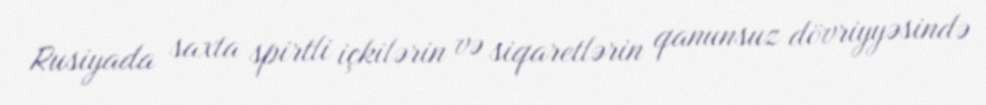
Rusiyada saxta spirtli içkilərin və siqaretlərin qanunsuz dövriyyəsində